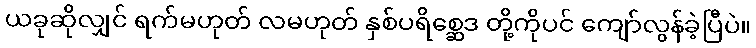
ယခုဆိုလျှင် ရက်မဟုတ် လမဟုတ် နှစ်ပရိစ္ဆေဒ တို့ကိုပင် ကျော်လွန်ခဲ့ပြီပဲ။